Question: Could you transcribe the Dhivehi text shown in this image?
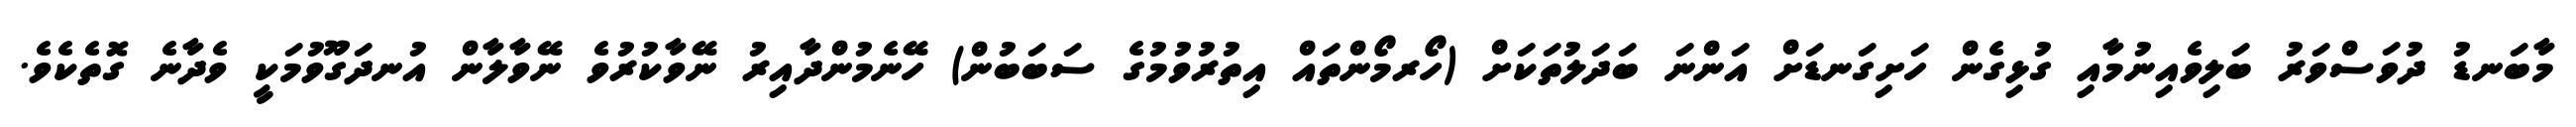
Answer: މާބަނޑު ދުވަސްވަރު ބަލިވެއިނުމާއި ގުޅިގެން ހަށިގަނޑަށް އަންނަ ބަދަލުތަކަށް (ހޯރމޯންތައް އިތުރުވުމުގެ ސަބަބުން) ހޭނެމުންދާއިރު ނޭވާކުރުވެ ނޭވާލާން އުނދަގޫވުމަކީ ވެދާނެ ގޮތެކެވެ.